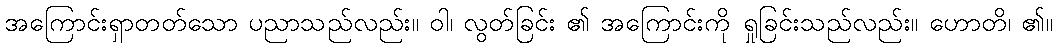
အကြောင်းရှာတတ်သော ပညာသည်လည်း။ ဝါ၊ လွတ်ခြင်း ၏ အကြောင်းကို ရှုခြင်းသည်လည်း။ ဟောတိ၊ ၏။